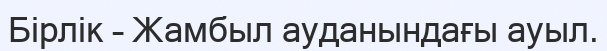
Бірлік – Жамбыл ауданындағы ауыл.